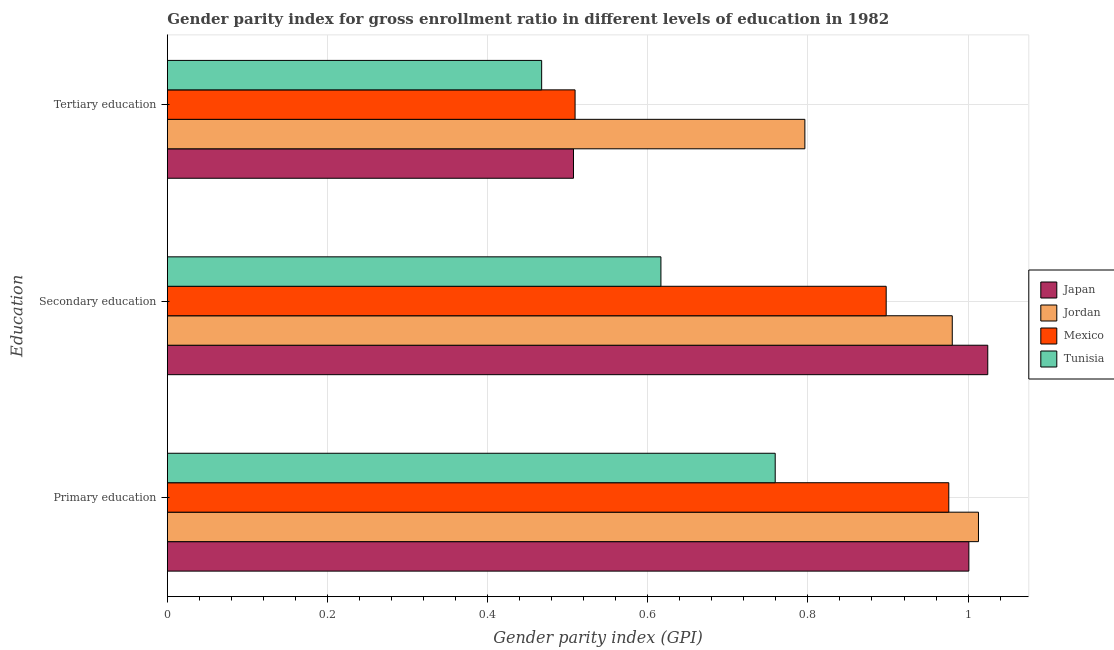
| Education | Japan | Jordan | Mexico | Tunisia |
 | --- | --- | --- | --- | --- |
 | Primary education | 1 | 1.01 | 0.976 | 0.759 |
 | Secondary education | 1.02 | 0.98 | 0.898 | 0.616 |
 | Tertiary education | 0.507 | 0.796 | 0.509 | 0.467 |